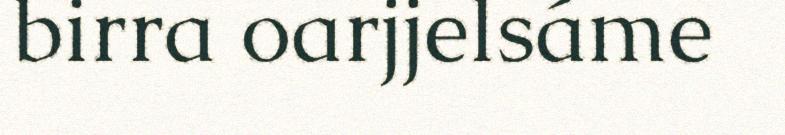
birra oarjjelsáme